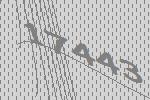
17443